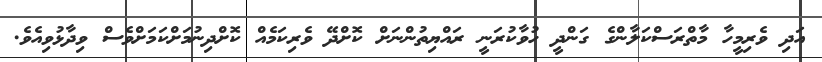
އަދި ވެރިމީހާ މާތްރަސްކަލާންގެ ގަންދީ ހުވާކުރަނީ ރައްޔިތުންނަށް ކޮށްދޭ ވެރިކަމެއް ކޮށްދިނުމަށްކަމަށްވެސް ވިދާޅުވިއެވެ.